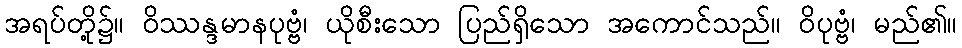
အရပ်တို့၌။ ဝိဿန္ဒမာနပုဗ္ဗံ၊ ယိုစီးသော ပြည်ရှိသော အကောင်သည်။ ဝိပုဗ္ဗံ၊ မည်၏။